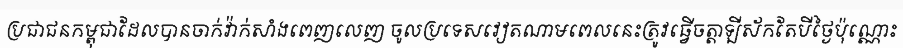
ប្រជាជនកម្ពុជាដែលបានចាក់វ៉ាក់សាំងពេញលេញ ចូលប្រទេសវៀតណាមពេលនេះត្រូវធ្វើចត្តាឡីស័កតែបីថ្ងៃប៉ុណ្ណោះ